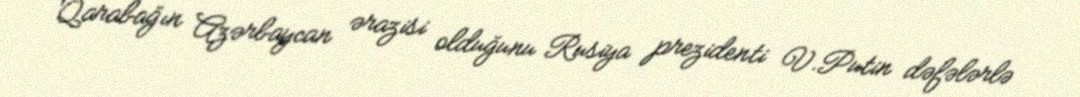
Qarabağın Azərbaycan ərazisi olduğunu Rusiya prezidenti V.Putin dəfələrlə